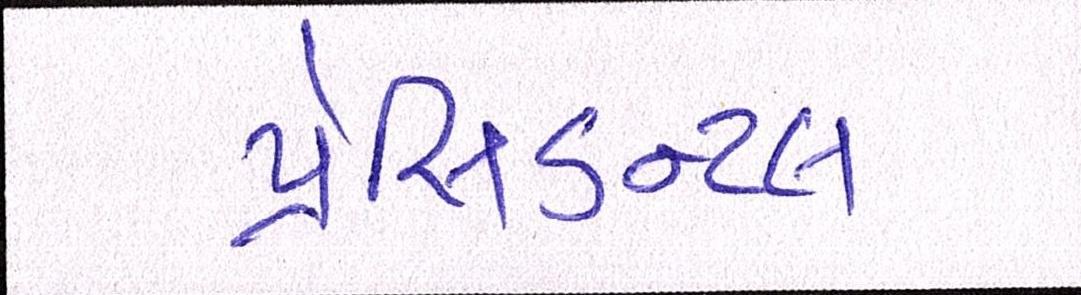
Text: પ્રેસિડન્ટલ